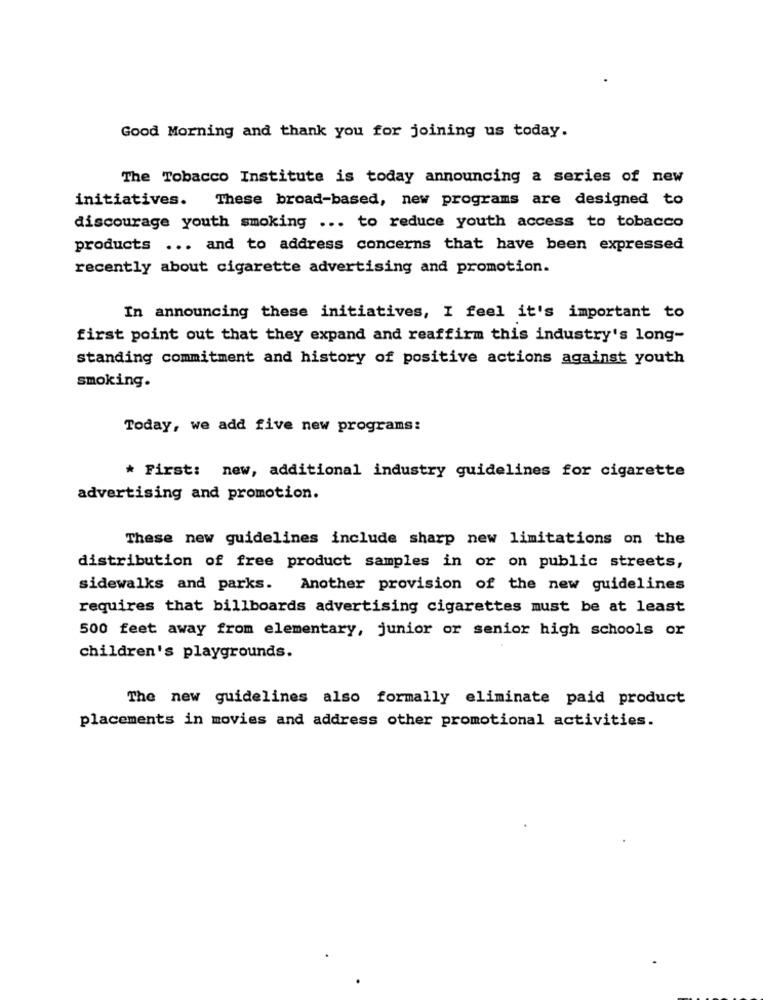
Good Morning and thank you for joining us today.
The Tobacco Institute is today announcing a series of new
initiatives. These broad-based, new programs are designed to
discourage youth smoking ... to reduce youth access to tobacco
products ... and to address concerns that have been expressed
recently about cigarette advertising and promotion.
In announcing these initiatives, I feel it's important to
first point out that they expand and reaffirm this industry's long-
standing commitment and history of positive actions against youth
smoking.
Today, we add five new programs:
* First: new, additional industry guidelines for cigarette
advertising and promotion.
These new guidelines include sharp new limitations on the
distribution of free product samples in or on public streets,
sidewalks and parks. Another provision of the new guidelines
requires that billboards advertising cigarettes must be at least
500 feet away from elementary, junior or senior high schools or
children's playgrounds.
The new guidelines also formally eliminate paid product
placements in movies and address other promotional activities.